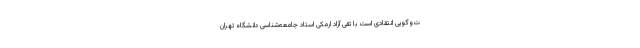
ت‌وگویی انتقادی است با تقی آزاد ارمکی استاد جامعه‌شناسی دانشگاه تهران